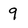
Character: 9